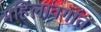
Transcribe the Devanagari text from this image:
महिलांवर्गात